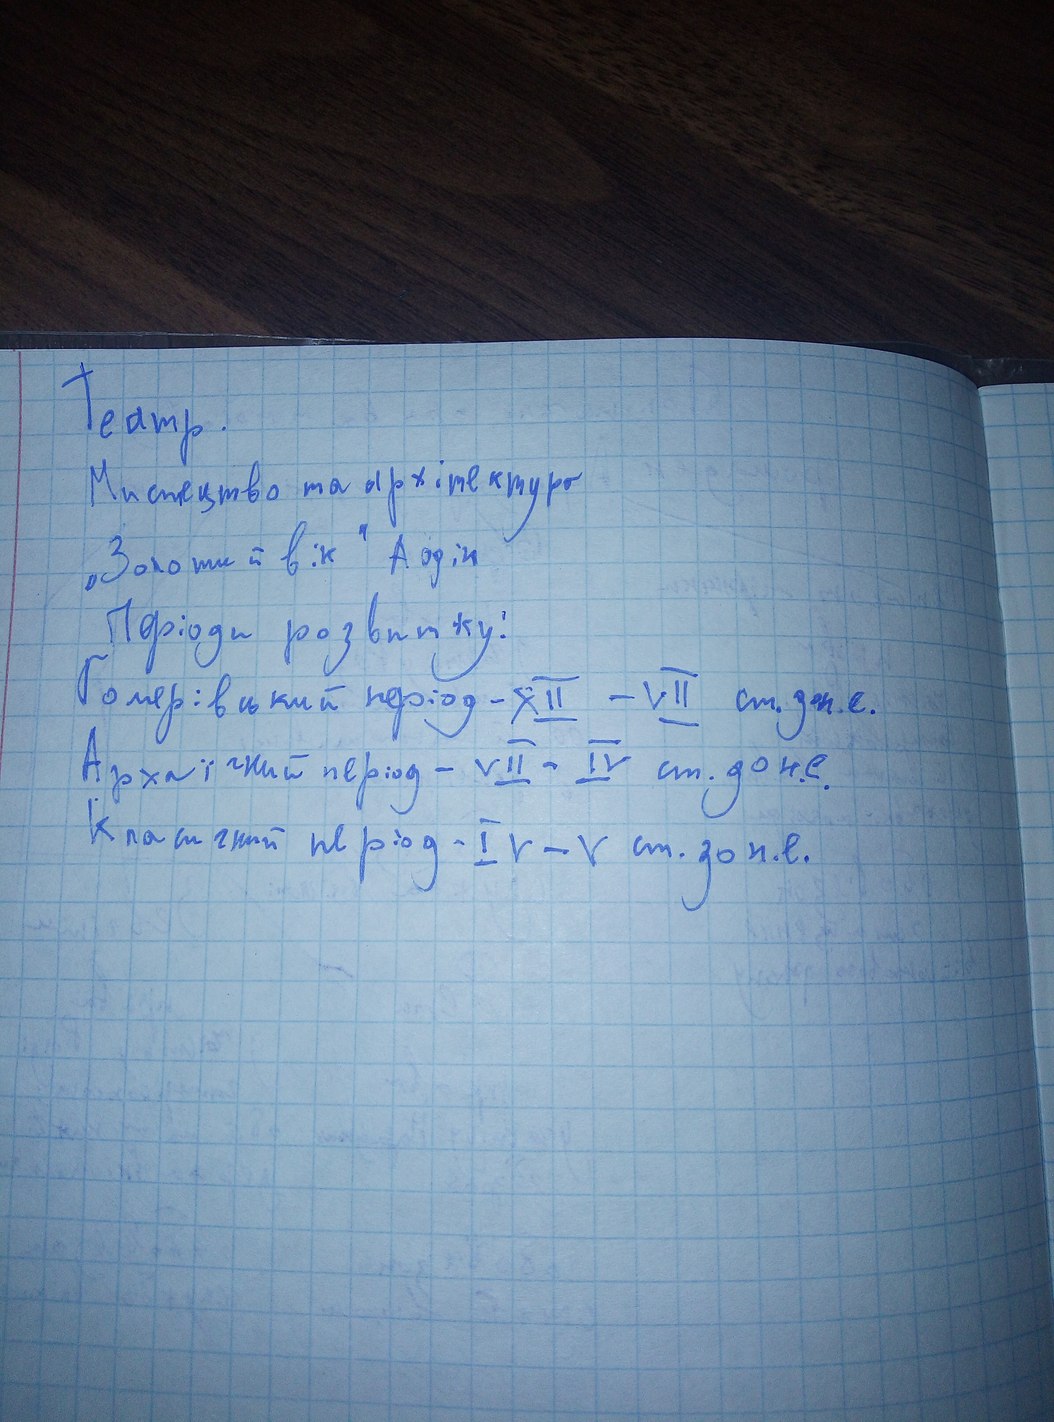
Teатр.
Мистецтво та архітектура
"Золотий вік“ Афін
Періоди розвитку:
Гомерівський період - XII - VIII ст. до н. е.
Архаїчний період - VII - IV ст. до н.е.
Класичний період - IV - V ст. до н.е.